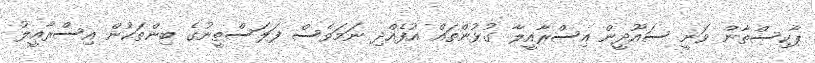
ޕާކިސްތާން ވަނީ ސައޫދީން އިސްރާއީލާ ގުޅުންތައް އުފެއްދި ނަމަވެސް ފަލަސްތީނުގެ ބިންތަކުން އިސްރާއީލު